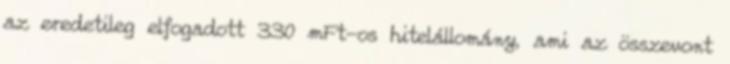
az eredetileg elfogadott 330 mFt-os hitelállomány, ami az összevont